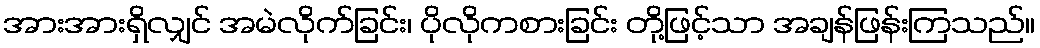
အားအားရှိလျှင် အမဲလိုက်ခြင်း၊ ပိုလိုကစားခြင်း တို့ဖြင့်သာ အချန်ဖြန်းကြသည်။